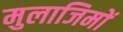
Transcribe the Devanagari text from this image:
मुलाजिमों